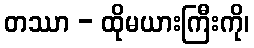
တဿာ - ထိုမယားကြီးကို၊